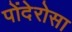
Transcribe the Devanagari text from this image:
पोंदेरोसा